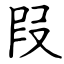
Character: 叚